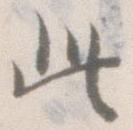
此